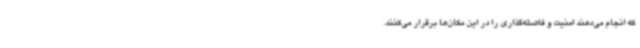
که انجام می‌دهند امنیت و فاصله‌گذاری را در این مکان‌ها برقرار می‌کنند.